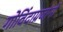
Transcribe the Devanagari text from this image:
गोविंदाग्रजांनी